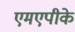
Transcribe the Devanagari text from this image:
एमएपीके